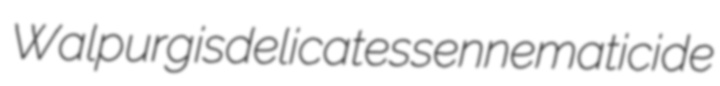
Walpurgis delicatessen nematicide